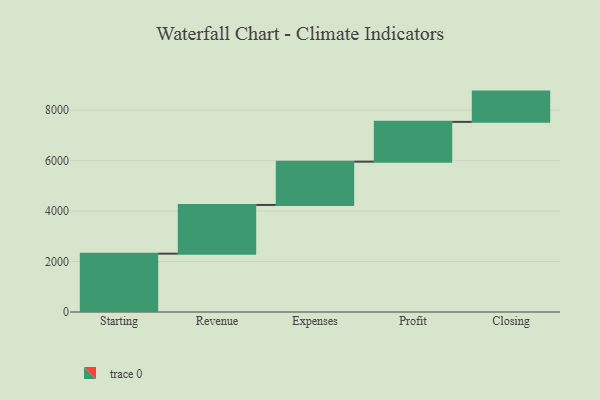
{"axis": {"x": "Step", "y": "Value"}, "legend": [""], "data": [{"x": "Starting", "y": 2313.0, "type": ""}, {"x": "Revenue", "y": 1931.0, "type": ""}, {"x": "Expenses", "y": 1716.0, "type": ""}, {"x": "Profit", "y": 1578.0, "type": ""}, {"x": "Closing", "y": 1200.0, "type": ""}]}